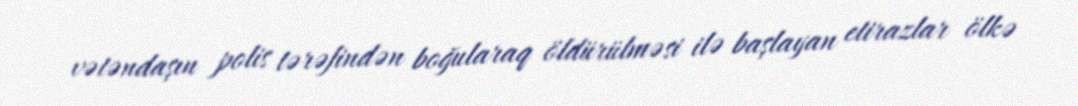
vətəndaşın polis tərəfindən boğularaq öldürülməsi ilə başlayan etirazlar ölkə